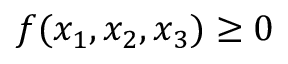
f ( x _ { 1 } , x _ { 2 } , x _ { 3 } ) \ge 0